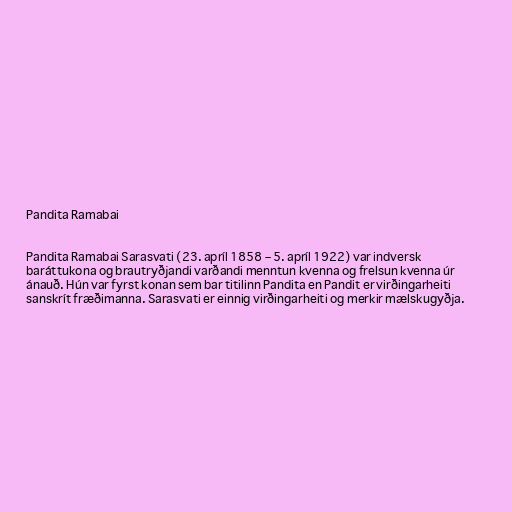
Pandita Ramabai

Pandita Ramabai Sarasvati (23. apríl 1858 – 5. apríl 1922) var indversk
baráttukona og brautryðjandi varðandi menntun kvenna og frelsun kvenna úr
ánauð. Hún var fyrst konan sem bar titilinn Pandita en Pandit er virðingarheiti
sanskrít fræðimanna. Sarasvati er einnig virðingarheiti og merkir mælskugyðja.